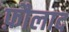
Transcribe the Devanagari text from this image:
फ़ौलाद